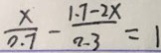
\frac { x } { 0 . 7 } - \frac { 1 . 7 - 2 x } { 2 . 3 } = 1